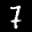
Label: 7